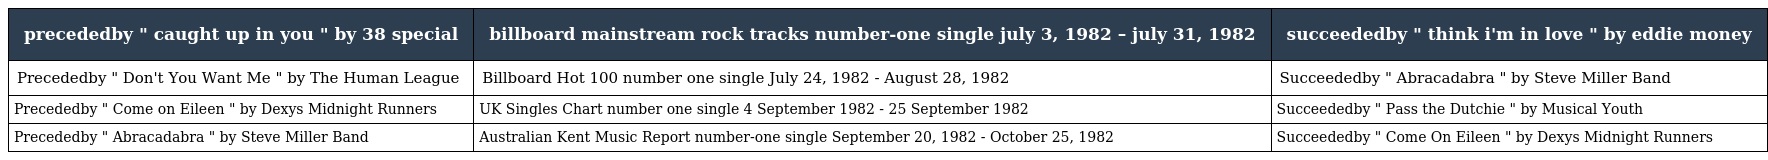
| precededby " caught up in you " by 38 special | billboard mainstream rock tracks number-one single july 3, 1982 – july 31, 1982 | succeededby " think i'm in love " by eddie money |
 | --- | --- | --- |
 | Precededby " Don't You Want Me " by The Human League | Billboard Hot 100 number one single July 24, 1982 - August 28, 1982 | Succeededby " Abracadabra " by Steve Miller Band |
 | Precededby " Come on Eileen " by Dexys Midnight Runners | UK Singles Chart number one single 4 September 1982 - 25 September 1982 | Succeededby " Pass the Dutchie " by Musical Youth |
 | Precededby " Abracadabra " by Steve Miller Band | Australian Kent Music Report number-one single September 20, 1982 - October 25, 1982 | Succeededby " Come On Eileen " by Dexys Midnight Runners |